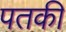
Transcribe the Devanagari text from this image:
पतकी